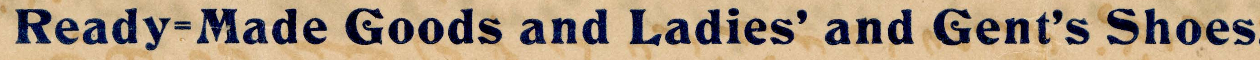
Ready=Made Goods and Ladies' and Gent's Shoes.